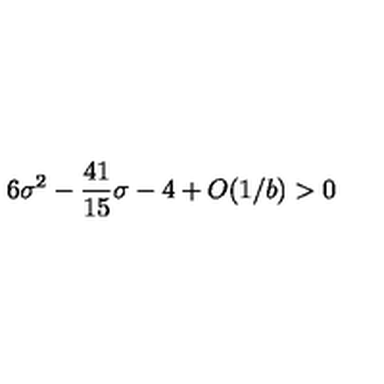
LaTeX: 6 \sigma ^ { 2 } - { \frac { 4 1 } { 1 5 } } \sigma - 4 + O ( 1 / { { b } } ) > 0